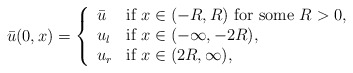
\begin{align*}\begin{aligned}\bar{u}(0,x)=\left\{ \begin{array}{ll} \bar{u} & \mbox{if $x\in (-R,R)$ for some $R>0$},\\ u_l & \mbox{if $x \in (-\infty, -2R)$},\\ u_r & \mbox{if $x \in (2R, \infty)$},\end{array} \right.\end{aligned}\end{align*}